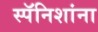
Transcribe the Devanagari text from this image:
स्पॅनिशांना